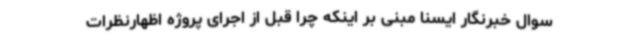
سوال خبرنگار ایسنا مبنی بر اینکه چرا قبل از اجرای پروژه‌ اظهارنظرات